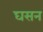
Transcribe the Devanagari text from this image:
घसन